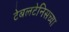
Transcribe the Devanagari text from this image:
टेबलटेनिसच्या